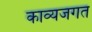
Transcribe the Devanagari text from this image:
काव्यजगत